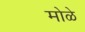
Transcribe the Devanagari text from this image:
मोळे